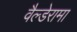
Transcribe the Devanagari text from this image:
वैल्डेरामा